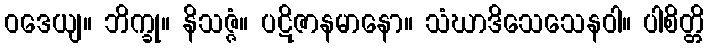
ဝဒေယျ။ ဘိက္ခု။ နိသဇ္ဇံ။ ပဋိဇာနမာနော။ သံဃာဒိသေသေနဝါ။ ပါစိတ္တိ